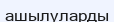
ашылуларды